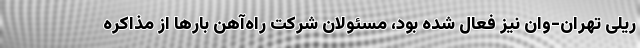
ریلی تهران-وان نیز فعال شده بود، مسئولان شرکت راه‌آهن بارها از مذاکره